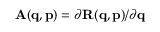
\mathbf { A } ( \mathbf { q } , \mathbf { p } ) = \partial \mathbf { R } ( \mathbf { q } , \mathbf { p } ) / \partial \mathbf { q }